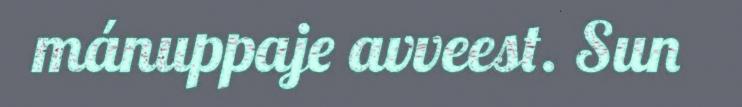
mánuppaje avveest. Sun